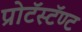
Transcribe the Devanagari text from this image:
प्रोटॅस्टॅण्ट